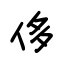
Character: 侈